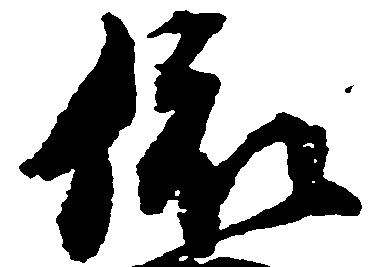
依